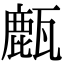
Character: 㼾